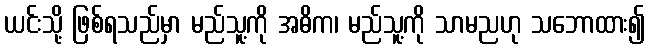
ယင်းသို့ ဖြစ်ရသည်မှာ မည်သူ့ကို အဓိက၊ မည်သူ့ကို သာမညဟု သဘောထား၍